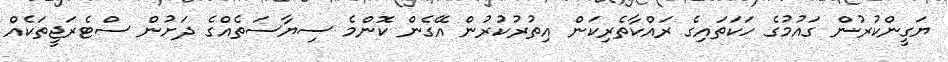
ޔަގީންކުރުން ގައުމުގެ ހަކަތައިގެ ރައްކާތެރިކަން އިތުރުކުރުން އޭގެން ކޮންމެ ސިޔާސަތެއްގެ ދަށުން ސްޓެރަޖީތަކެއް